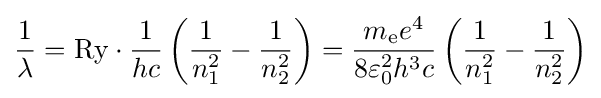
{\frac {1}{\lambda }}=\mathrm {Ry} \cdot {1 \over hc}\left({\frac {1}{n_{1}^{2}}}-{\frac {1}{n_{2}^{2}}}\right)={\frac {m_{\text{e}}e^{4}}{8\varepsilon _{0}^{2}h^{3}c}}\left({\frac {1}{n_{1}^{2}}}-{\frac {1}{n_{2}^{2}}}\right)